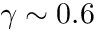
\gamma \sim 0 . 6